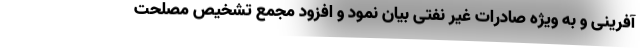
آفرینی و به ویژه صادرات غیر نفتی بیان نمود و افزود مجمع تشخیص مصلحت